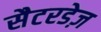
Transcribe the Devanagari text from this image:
सैटरडेज़